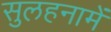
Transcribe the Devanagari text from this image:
सुलहनामें